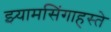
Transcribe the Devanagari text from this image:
झ्यामसिंगाहस्ते